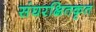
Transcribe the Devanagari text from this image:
संघरक्षितकृत